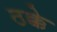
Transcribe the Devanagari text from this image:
ठक्के